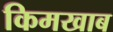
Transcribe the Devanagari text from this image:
किमखाब